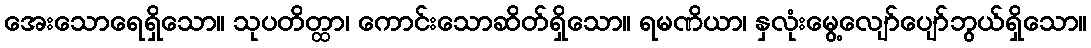
အေးသောရေရှိသော။ သုပတိတ္ထာ၊ ကောင်းသောဆိတ်ရှိသော။ ရမဏိယာ၊ နှလုံးမွေ့လျော်ပျော်ဘွယ်ရှိသော။